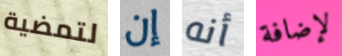
لتمضية إن أنه لإضافة